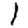
Digit: 1